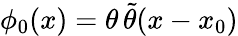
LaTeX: \phi_{0}(x)=\theta\, \tilde{\theta}(x-x_{0})